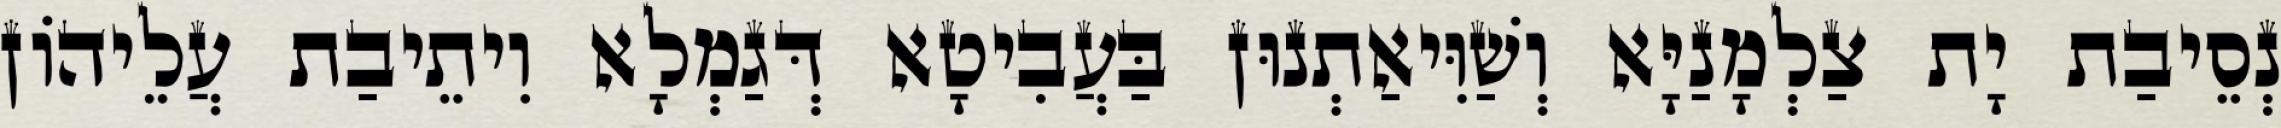
נְסֵיבַת יָת צַלְמָנַיָּא וְשַׁוִּיאַתְנוּן בַּעֲבִיטָא דְּגַמְלָא וִיתֵיבַת עֲלֵיהוֹן